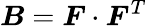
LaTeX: {\boldsymbol{B}}={\boldsymbol{F}}\cdot{\boldsymbol{F}}^{T}